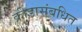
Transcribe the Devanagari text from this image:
क्रीडासंबधित